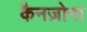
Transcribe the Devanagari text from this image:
कैनज़ोना